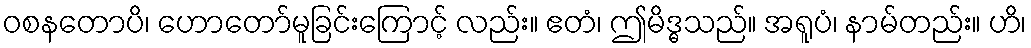
ဝစနတောပိ၊ ဟောတော်မူခြင်းကြောင့် လည်း။ ဧတံ၊ ဤမိဒ္ဓသည်။ အရူပံ၊ နာမ်တည်း။ ဟိ၊